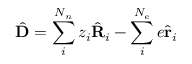
\hat { \mathbf { D } } = \sum _ { i } ^ { N _ { n } } z _ { i } \hat { \mathbf { R } } _ { i } - \sum _ { i } ^ { N _ { e } } e \hat { \mathbf { r } } _ { i }